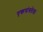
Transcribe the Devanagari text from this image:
एकसंधतेला